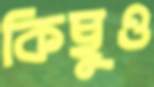
কিছুও